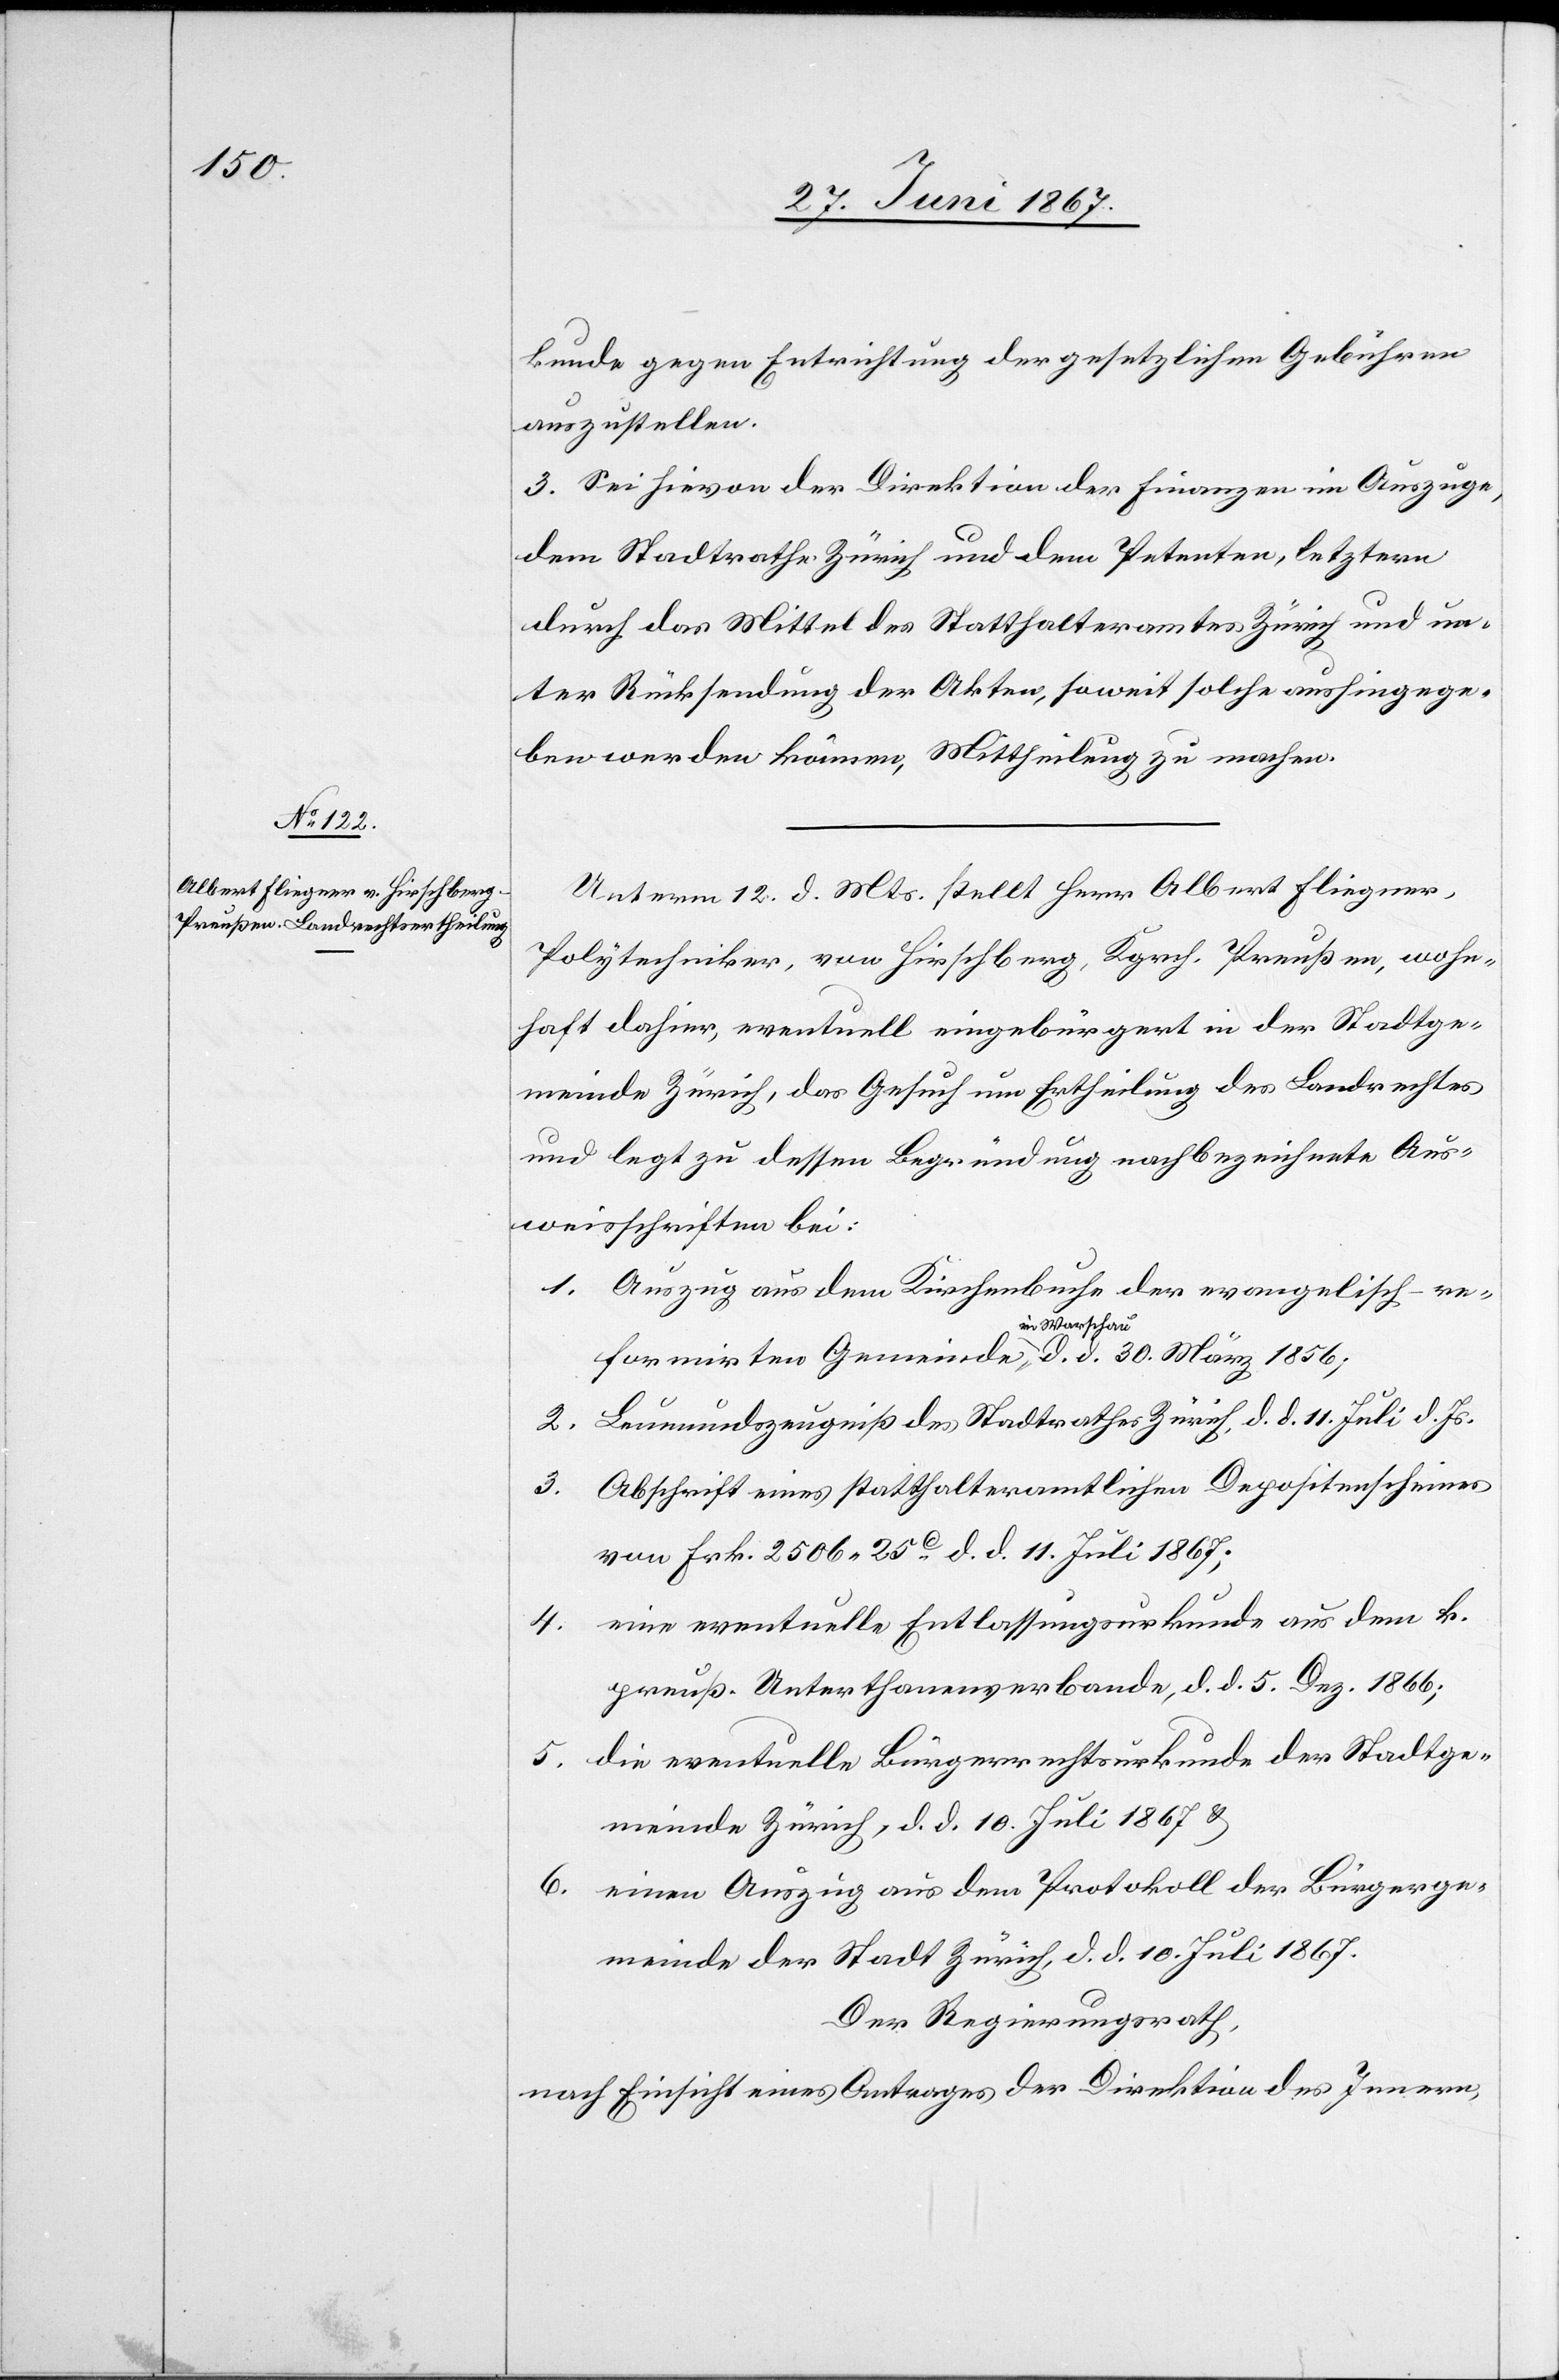
kunde gegen Entrichtung der gesetzlichen Gebühren
auszustellen.
3. Sei hievon der Direktion der Finanzen im Auszuge,
dem Stadtrathe Zürich und dem Petenten, letztern
durch das Mittel des Statthalteramtes Zürich und un¬
ter Rücksendung der Akten, soweit solche aushingege¬
ben werden können, Mittheilung zu machen.
Unterm 12. d. Mts. stellt Herr Albert Fliegner,
Polytechniker, von Hirschberg, Kgrch. Preußen, wohn¬
haft dahier, eventuell eingebürgert in der Stadtge¬
meinde Zürich, das Gesuch um Ertheilung des Landrechtes
und legt zu dessen Begründung nachbezeichnete Aus¬
weisschriften bei:
1. Auszug aus dem Kirchenbuche der evangelisch-re¬
formirten Gemeinde in Warschau, d. d. 30. März 1856;
2. Leumdenszeugniß des Stadtrathes Zürich, d. d. 11. Juli d. Js.
3. Abschrift eines statthalteramtlichen Depositenscheines
von Frk. 2506.25 c. d. d. 11. Juli 1867;
eine eventuelle Entlassungsurkunde aus dem k.
4.
preuß. Unterthanenverbande, d. d. 5. Dez. 1866;
5. die eventuelle Bürgerrechtsurkunde der Stadtge¬
meinde Zürich, d. d. 10. Juli 1867 u.
6. einen Auszug aus dem Protokoll der Bürgerge¬
meinde der Stadt Zürich, d. d. 10. Juli 1867.
Der Regierungsrath,
nach Einsicht eines Antrages der Direktion des Innern,